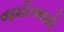
જમીનમાથી